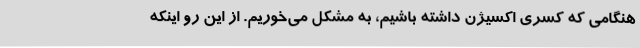
هنگامی که کسری اکسیژن داشته باشیم، به مشکل می‌خوریم. از این رو اینکه